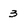
Character: 3